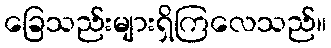
ခြေသည်းများရှိကြလေသည်။